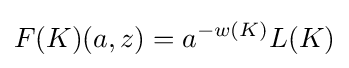
F(K)(a,z)=a^{-w(K)}L(K)